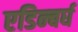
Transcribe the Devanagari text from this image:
एडिन्बर्घ